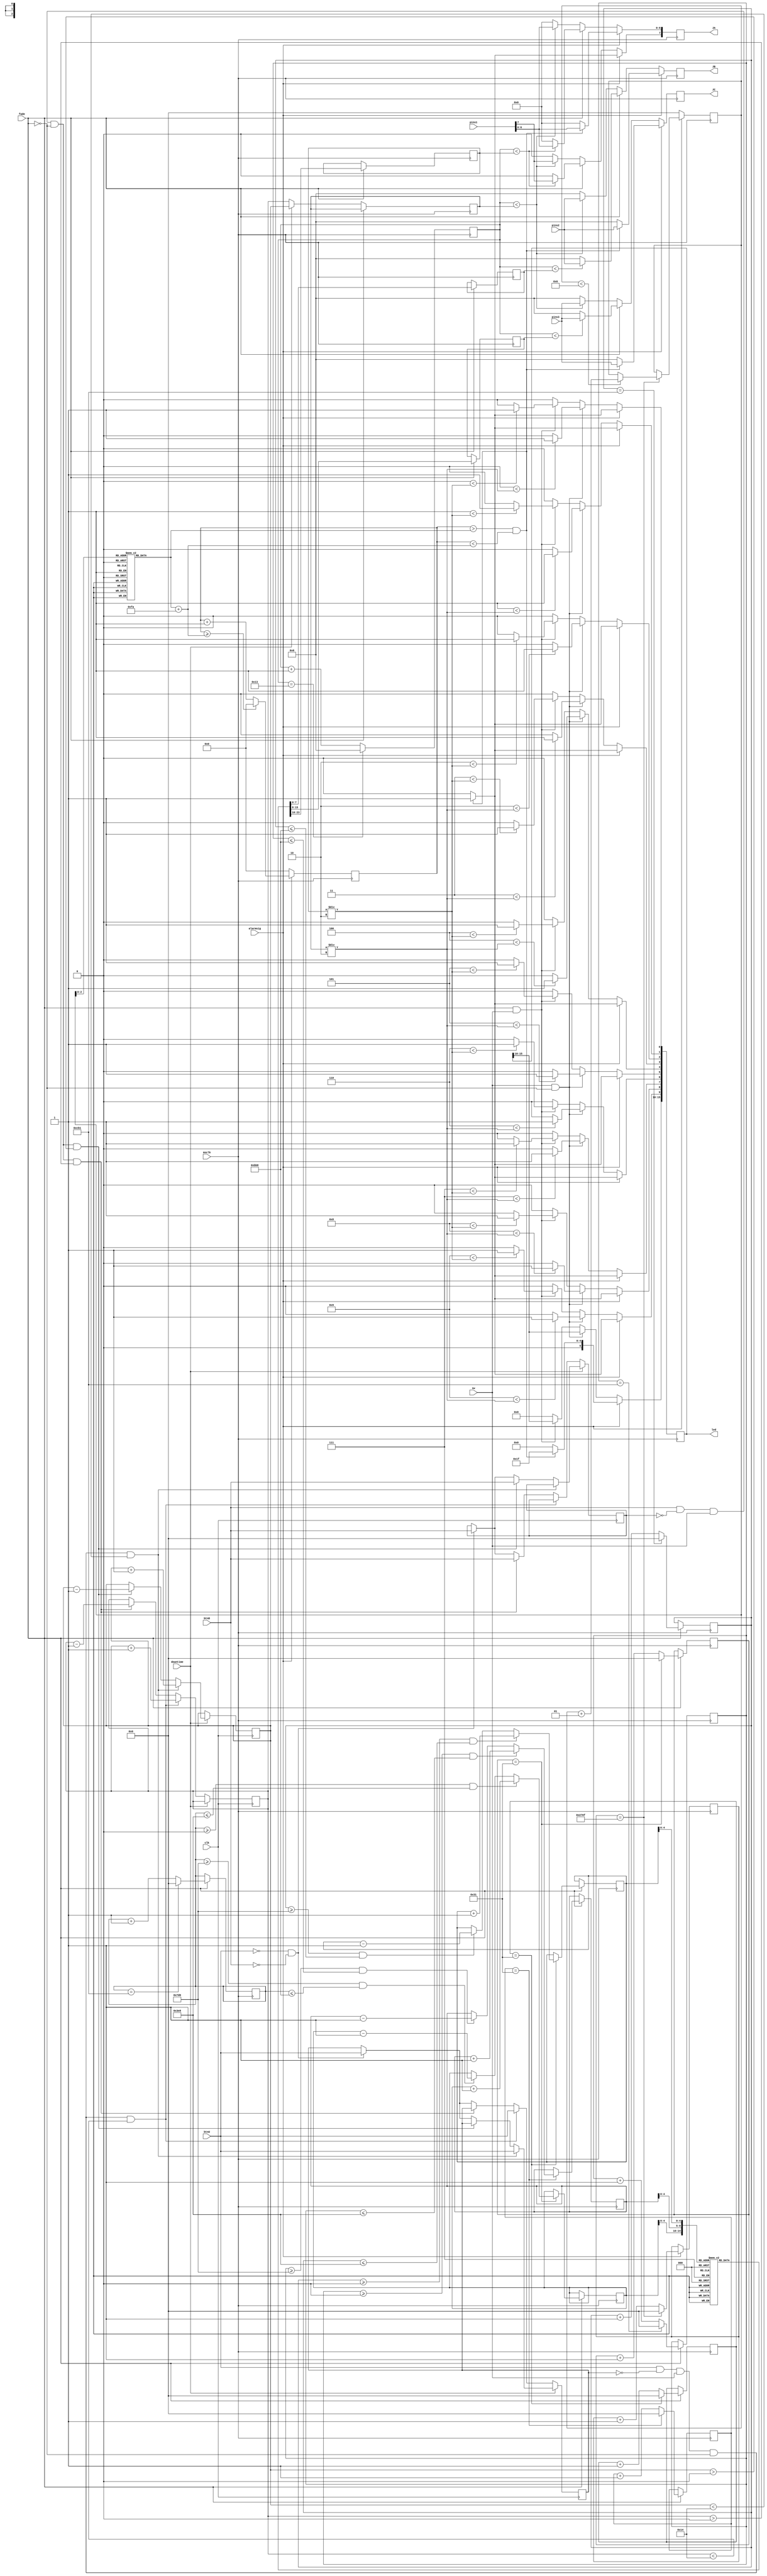
`timescale 1ns / 1ps
//////////////////////////////////////////////////////////////////////////////////
// Company: 
// Engineer: 
// 
// Design Name: 
// Module Name: ledpwm
// Project Name: 
// Target Devices: 
// Tool Versions: 
// Description: 
// 
// Dependencies: 
// 
// Revision:
// Revision 0.01 - File Created
// Additional Comments:
// 
//////////////////////////////////////////////////////////////////////////////////


module ledpwm(
        input clk,
        input msclk,
        input btnU,
        input btnD,
        input downtime,
        input alarmsig,
        input sw,
        input fade,
        input [7:0] pins1,
        input [7:0] pins2,
        input [7:0] pins3,
        output reg [15:0] led,
        output reg [7:0] JA,
        output reg [7:0] JB,
        output reg [7:0] JC    
    );
    localparam fadecycle = 3250; //2000ms / 2s on for 1000-2000, off for 3000 - 3250
    localparam lightincr = 50; //50ms
    localparam alarmincr = 10000; //10000ms 10s
    localparam cycle = 20;//20ms
    
    localparam beeplength = 250; //250ms
    
    reg last_btnU;
    reg last_btnD;
    
    reg [7:0] cwidth;
    reg [7:0] bright;
    reg [7:0] dim;
    
    reg [31:0] count;
    reg [7:0] width;
    
    reg [31:0] alarmincrwidth;
    reg [15:0] alarmwidth;
    
    reg [31:0] icnt1;
    reg [31:0] icnt2;
    reg [31:0] icnt3;
    reg [31:0] fcnt1;
    reg [31:0] fcnt2;
    reg [31:0] fcnt3;
    reg [7:0] cw1;
    reg [7:0] cw2;
    reg [7:0] cw3;
    
    reg [7:0] bsets [0:19];
    reg [15:0] adsets [0:5]; //alarm delays
    
    reg [7:0] i1;
    reg [7:0] i2;
    reg [7:0] i3;
    
    integer a;
    
    initial begin
        bright = 5;
        dim = 1;
        
        a = 0;
        
        i1 = 10;
        i2 = 5;
        i3 = 0;
        
        //fade delays
        icnt1 = 0;
        fcnt1 = 500;
        
        icnt2 = 0;
        fcnt2 = 250;
        
        icnt3 = 0;
        fcnt3 = 0;
        
        adsets[0] = 1000;
        adsets[1] = 900;
        adsets[2] = 750;
        adsets[3] = 550;
        adsets[4] = 350;
        adsets[5] = 250;
        
        bsets[0] = 0;
        bsets[1] = 1;
        bsets[2] = 2;
        bsets[3] = 3;
        bsets[4] = 4;
        bsets[5] = 5;
        bsets[6] = 6;
        bsets[7] = 7;
        bsets[8] = 8;
        bsets[9] = 9;
        bsets[10] = 10;
        bsets[11] = 11;
        bsets[12] = 12;
        bsets[13] = 13;
        bsets[14] = 14;
        bsets[15] = 15;
        bsets[16] = 16;
        bsets[17] = 17;
        bsets[18] = 18;
        bsets[19] = 20;
    end
    
    integer x;
    
    always @(posedge(clk)) 
    begin
        if (!downtime) begin
            if (btnU && !last_btnU && sw && !fade && (bright < cycle)) begin
                last_btnU <= btnU;
                bright <= bright + 1;
            end else if (btnD && !last_btnD && sw && !fade && (bright > 0)) begin
                last_btnD <= btnD;
                bright <= bright - 1;
            end else if (!btnU && !btnD) begin
                last_btnD <= btnD;
                last_btnU <= btnU; 
            end   
        end else begin
            if (btnU && !last_btnU && sw && !fade && (dim < cycle)) begin
                last_btnU <= btnU;
                dim <= dim + 1;
            end else if (btnD && !last_btnD && sw && !fade && (dim > 0)) begin
                last_btnD <= btnD;
                dim <= dim - 1;
            end else if (!btnU && !btnD) begin
                last_btnD <= btnD;
                last_btnU <= btnU; 
            end  
        end          
    end
         
    always @(posedge(msclk)) begin
        width <= width + 1;
        if (width == cycle - 1)
            width <= 4'b0;
         
        if (alarmsig) begin   
            alarmincrwidth <= alarmincrwidth + 1;
            if (alarmincrwidth == alarmincr - 1)
                alarmincrwidth <= 32'b0;
        end
        
        if (fade) begin        
            fcnt1 <= fcnt1 + 1;
            icnt1 <= icnt1 + 1;            
            if (fcnt1 == fadecycle - 1)
                fcnt1 <= 32'b0;
            if (icnt1 == lightincr - 1)
                icnt1 <= 32'b0;
            
            fcnt2 <= fcnt2 + 1;
            icnt2 <= icnt2 + 1;            
            if (fcnt2 == fadecycle - 1)
                fcnt2 <= 32'b0;
            if (icnt2 == lightincr - 1)
                icnt2 <= 32'b0;
            
            fcnt3 <= fcnt3 + 1;
            icnt3 <= icnt3 + 1;            
            if (fcnt3 == fadecycle - 1)
                fcnt3 <= 32'b0;
            if (icnt3 == lightincr - 1)
                icnt3 <= 32'b0;    
        end
    end
    
    always @(posedge(msclk))
    begin
        if (fade) begin     
            if (icnt1 == lightincr - 1) begin       
                if(fcnt1 >= 0 && fcnt1 <= 1000)
                    i1 <= i1 + 1;
                else if(fcnt1 >= 2000 && fcnt1 <= 3000)
                    i1 <= i1 - 1;
                else 
                    i1 <= i1;
            end
            
            if (icnt2 == lightincr - 1) begin       
                if(fcnt2 >= 0 && fcnt2 <= 1000) 
                    i2 <= i2 + 1;
                else if(fcnt2 >= 2000 && fcnt2 <= 3000) 
                    i2 <= i2 - 1;
                else
                    i2 <= i2;      
            end
            
            if (icnt3 == lightincr - 1) begin       
                if(fcnt3 >= 0 && fcnt3 <= 1000)
                    i3 <= i3 + 1;
                else if(fcnt3 >= 2000 && fcnt3 <= 3000)
                    i3 <= i3 - 1;
                else 
                    i3 <= i3;
            end
            
            cw1 <= bsets[i1];
            cw2 <= bsets[i2];
            cw3 <= bsets[i3];
        end else begin           
            if (downtime)
                cwidth <= dim;
            else
                cwidth <= bright;  
        end
        
        if (alarmsig) begin
            //speed up timer of alarm
            if (alarmincrwidth == alarmincr - 1) begin
                if (a < 6) 
                    a <= a + 1;
                else
                    a <= a;
            end
            
            //alarm width
            alarmwidth <= alarmwidth + 1;
            if (alarmwidth >= adsets[a] + beeplength)
                alarmwidth <= 16'b0;
        end else begin
            a <= 0;
            alarmwidth <= 16'b0;
        end                  
        
        if (!alarmsig) begin      
            if (sw && !fade) begin
                for(x = 0; x < 10; x = x + 1) begin
                    if(x < cwidth / 2)
                        led[x] <= 1;
                    else
                        led[x] <= 0;
                end
            end else if (fade && sw) begin
                for(x = 0; x < 10; x = x + 1) begin
                    if(x < cw1 / 2)
                        led[x] <= 1;
                    else
                        led[x] <= 0;
                end
            end else
                led <= 0;
        end
            
        if (alarmsig) begin 
            if (alarmwidth > adsets[a] && alarmwidth < adsets[a] + beeplength) begin
                JA <= pins1;
                JA[7] <= 1;
                led <= 15'b111111111111111;
                JB <= pins2;
                JC <= pins3;
            end else begin
                led <= 15'b000000000000000;
                JA <= 8'b0;
                JB <= 8'b0;
                JC <= 8'b0;
            end
        end else if (!fade) begin
            if (width < cwidth) begin
                JA <= pins1;
                JB <= pins2;
                JC <= pins3;
            end else begin
                JA <= 8'b0;
                JB <= 8'b0;
                JC <= 8'b0;
            end
        end else begin
            if (width < cw1)
                JA <= pins1;
            else 
                JA <= 8'b0;
                
            if (width < cw3)
                JB <= pins2;
            else 
                JB <= 8'b0;
                
            if (width < cw2)
                JC <= pins3;
            else 
                JC <= 8'b0;
        end  
    end
endmodule